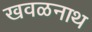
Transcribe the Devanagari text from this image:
खवळनाथ